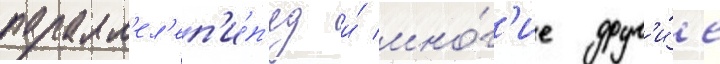
паралл'ел'еп'и́п'ед и́ мно́г'ие друг'и́е